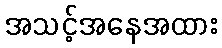
အသင့်အနေအထား